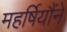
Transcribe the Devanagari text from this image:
महर्षियौंने